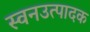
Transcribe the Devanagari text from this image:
स्वनउत्पादक